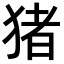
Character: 猪